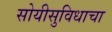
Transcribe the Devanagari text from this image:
सोयीसुविधाचा